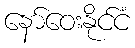
နော်ဝေးနိုင်ငံ